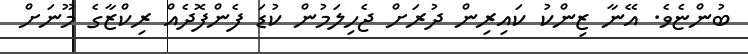
ބުންޏެވެ. އޭނާ ޒިންކު ކައިރިން ދުރަށް ޖެހިލަމުން ކުޑަ ފެންފޮދެއް ރިކްޒާގެ މޫނަށް